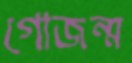
গোজন্ম